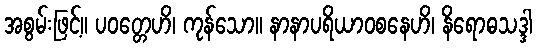
အစွမ်းဖြင့်။ ပဝတ္တေဟိ၊ ကုန်သော။ နာနာပရိယာဝစနေဟိ၊ နိရောဓသဒ္ဒါ